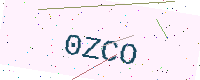
Text: 0ZCO